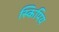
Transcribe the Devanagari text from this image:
स्किपिय